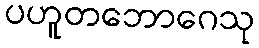
ပဟူတဘောဂေသု